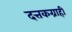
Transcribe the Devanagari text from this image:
दत्तकग्राही